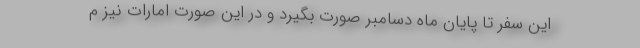
این سفر تا پایان ماه دسامبر صورت بگیرد و در این صورت امارات نیز م